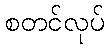
စတင်လုပ်